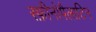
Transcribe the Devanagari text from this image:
स्फ़ीनोपैलाटिन